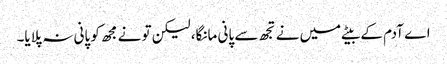
اے آدم کے بیٹے میں نے تجھ سے پانی مانگا، لیکن تو نے مجھ کو پانی نہ پلایا۔